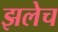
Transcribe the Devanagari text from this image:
झलेच